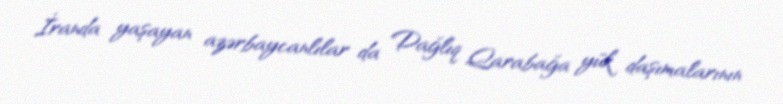
İranda yaşayan azərbaycanlılar da Dağlıq Qarabağa yük daşımalarının